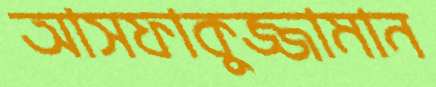
আসফাকুজ্জামান